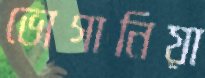
ভোগানিয়া